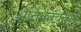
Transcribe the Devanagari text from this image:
अतिपक्वता।